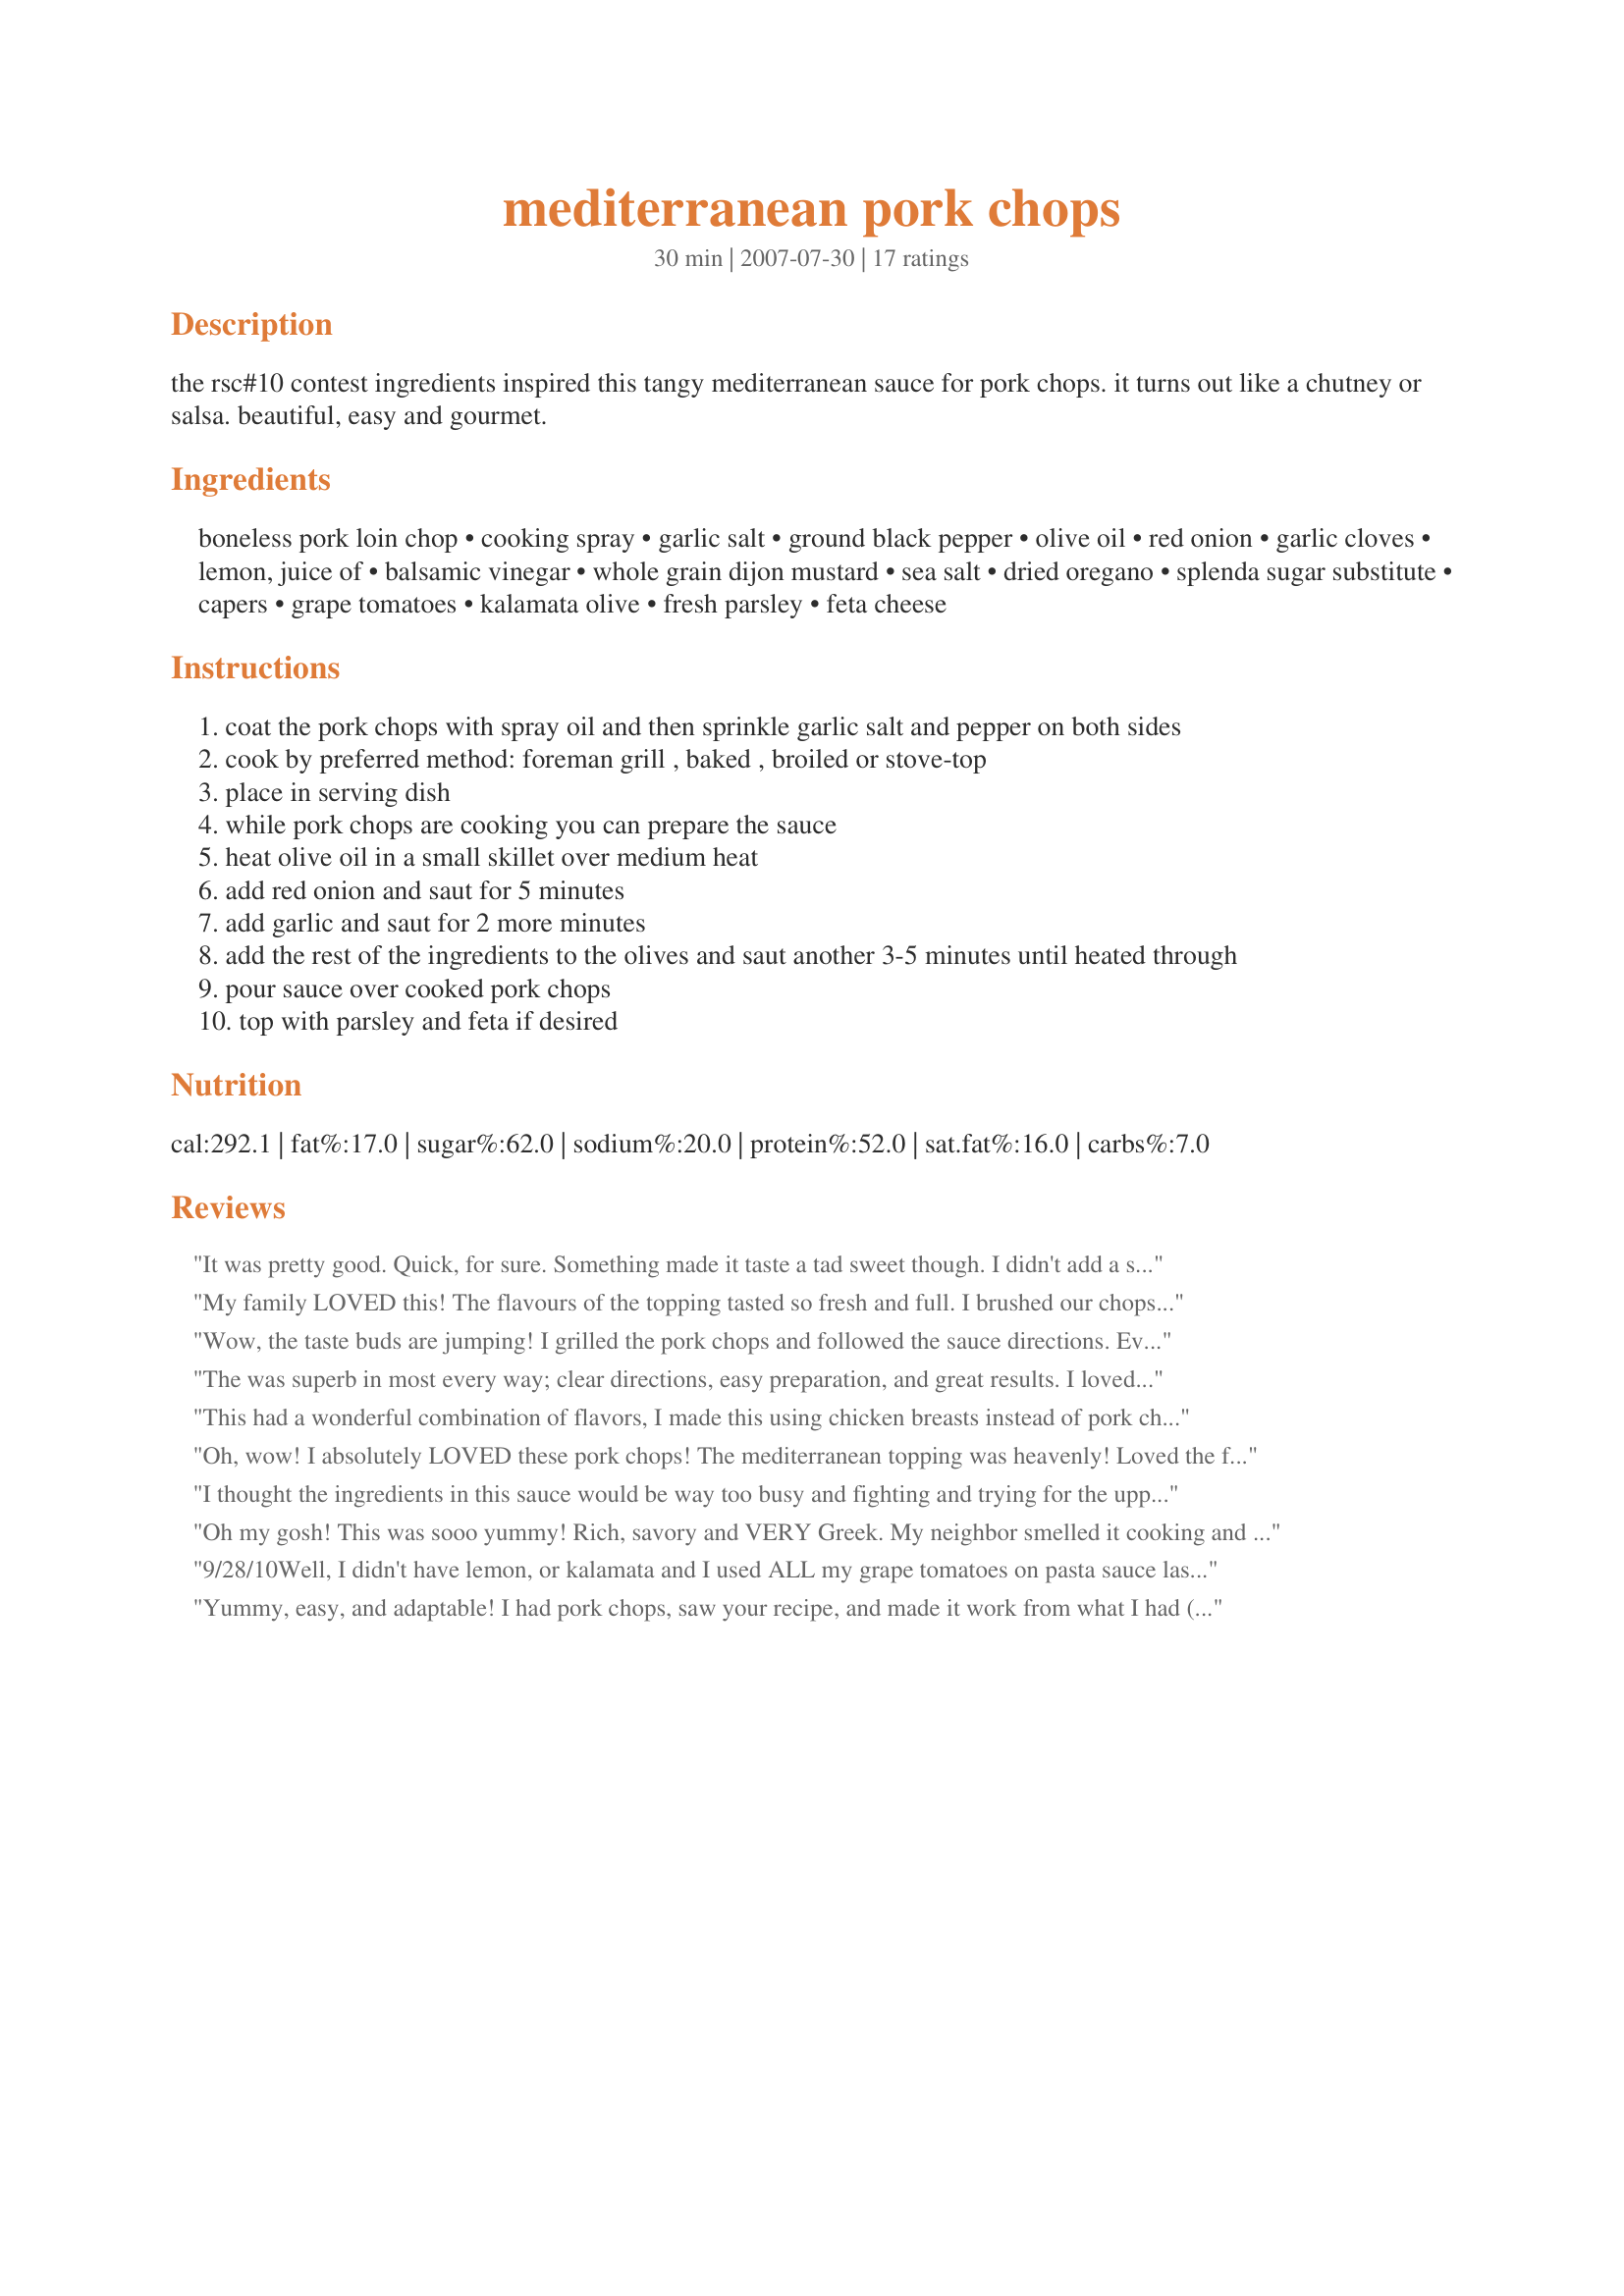
mediterranean pork chops
Preparation time: 30 minutes

the rsc#10 contest ingredients inspired this tangy mediterranean sauce for pork chops. it turns out like a chutney or salsa. beautiful, easy and gourmet.

Ingredients:
boneless pork loin chop, cooking spray, garlic salt, ground black pepper, olive oil, red onion, garlic cloves, lemon, juice of, balsamic vinegar, whole grain dijon mustard, sea salt, dried oregano, splenda sugar substitute, capers, grape tomatoes, kalamata olive, fresh parsley, feta cheese

Steps:
coat the pork chops with spray oil and then sprinkle garlic salt and pepper on both sides
cook by preferred method: foreman grill , baked , broiled or stove-top
place in serving dish
while pork chops are cooking you can prepare the sauce
heat olive oil in a small skillet over medium heat
add red onion and saut for 5 minutes
add garlic and saut for 2 more minutes
add the rest of the ingredients to the olives and saut another 3-5 minutes until heated through
pour sauce over cooked pork chops
top with parsley and feta if desired

Reviews:
It was pretty good. Quick, for sure. Something made it taste a tad sweet though. I didn't add a sweetener. However, It was good enough that I'll try it again and try to reduce the sweetness. To be fair, I just don't like sweet, so what is sweet to me isn't for most people.
My family LOVED this! The flavours of the topping tasted so fresh and full. I brushed our chops with olive oil then sprinkled generously with garlic powder, black pepper and sea salt then tossed them on the grill. For the sauce I had to cut up the olives because I couldnt' find pitless Kalmata's but it worked out really well. I also added about 1/3 of a cup of a Greek Dry white Wine right after sauting the garlic and stirred enough to loosen the bits on the bottom of the pan before adding in the rest of the ingrediants. I think using a Greek wine is key here as they are more acidic than our Canadian wines. I also pierced through the grape tomato's so the flavor of the tomatoes mixed with the sauce nicely. We loved it with the feta cheese on top. Really an effortless meal that looks & tastes like you slaved all day. Made for ZWT4 and will be making again!
Wow, the taste buds are jumping! I grilled the pork chops and followed the sauce directions. Everyone agreed that it is a great combination and a keeper.
The was superb in most every way; clear directions, easy preparation, and great results. I loved the way the lemon gave the sauce, more a relish, a slightly acidic quality which balanced so nicely with the saltiness of the olives and capers. I prepared the chops on my George Foreman. I had leftovers and served it with grilled chicken and that was also fabulous. Thanks chef.
This had a wonderful combination of flavors, I made this using chicken breasts instead of pork chops and browned them in oil in a skillet, I also did some small amount adjustments, great recipe Engrossed, thanks for sharing!...Kitten:)
Oh, wow! I absolutely LOVED these pork chops! The mediterranean topping was heavenly! Loved the flavor that the combination of balsamic, mustard, olives and tomatoes lent to this dish. We grilled our chops on the BBQ as the recipe said to use your preferred method. Therefore, our chops were moist and delicious and the topping was the perfect accompaniment to grilled chops. We chopped the olives for better distribution and I liked the topping better without the feta (I tried both ways). Served Recipe #304007 as a side, which was nice. I will absolutely make and enjoy this recipe again in the future. Thanks for a delicious dinner. Made for ZWT4.
I thought the ingredients in this sauce would be way too busy and fighting and trying for the upper hand, but they all came together and were like a ballet of tai chi! Fantastic sauce, Engrossed! Thnx for posting. made for KcK's Forum.
Oh my gosh! This was sooo yummy! Rich, savory and VERY Greek. My neighbor smelled it cooking and came over with her napkin tucked in her shirt, ready to chow! I chose not to use the Feta for the picture and let everyone decide for themselves whether they wanted the Feta crumbles on top. Thanks for this delightful recipe! ZWT4
9/28/10<br/><br/>Well, I didn't have lemon, or kalamata and I used ALL my grape tomatoes on pasta sauce last night.. Seemed an odd mix of ingredients, BUT, everyone loved this! I was in a rush, so served over wild rice and mixed veggies. I WILL be making this again soon!
Yummy, easy, and adaptable! I had pork chops, saw your recipe, and made it work from what I had (one of my pastimes). Sub'd 14.5 oz can diced no-salt tomatoes, spicy honey mustard, yellow onion. Used the oil from the olives to saute. Thanks!
This dish was easy to prepare and literally didn&#039;t take a minute over 30. My husband is a huge fan. (He was really getting tired of the standard pork chop fair.)
This is really good and comes together very quickly. I didn't use the feta this time as I didn't have any but will try it next time.
I absolutely loved everything about this dish even though I did overcook the chops a bit. Next time I will have the sauce ready to go when I start cooking the chops. My disorganization is showing! My family really liked this recipe and thought it looked terrific. The taste of the sauce is not easy to describe but it is like a flavourful relish. The salty olives and sweet tomatoes add to it. This will find it's way to our table again. Thanks so much for sharing your recipe.
Great chops. The dijon and balsamic may have been a bit too overwhelming for us but we thoroughly enjoyed! Will make again; we loved the idea of feta cheese on top. Thanks for posting and good luck.
Delicious!! We will keep this in our rotation. It was super fast and easy to put together, thanks so much for posting.
Wow, this was FANTASTIC! So yummy! Will be making this again! Made for ZWT4 Family Picks for CAFE ZMAKK Gypsies!
Dont be thrown off by the long list of ingredients on this one. It's really pretty quick and easy to make but makes it look like you spent the whole day in the kitchen. I plan on making this for our next family dinner as my better half & I both thought it was pretty awesome. I did end up using Roma tomatoes as I didnt have the grape ones. This one is definitely a keeper for us!
Made for ZWT4.
